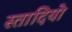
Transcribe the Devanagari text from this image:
स्तादियो